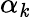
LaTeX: \alpha_{\mathit{k}}